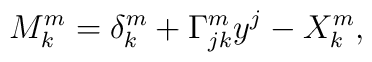
M^m_k = \delta^m_k + \Gamma^m_{jk} y^j -X^m_k,